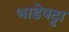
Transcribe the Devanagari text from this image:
भाडेपट्टा